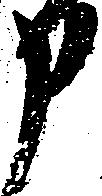
申